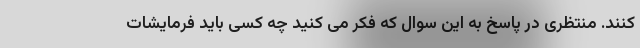
کنند. منتظری در پاسخ به این سوال که فکر می کنید چه کسی باید فرمایشات